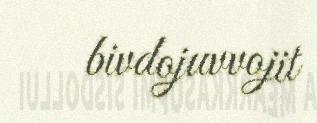
bivdojuvvojit